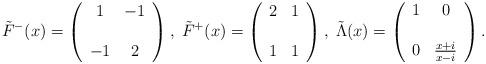
LaTeX: \begin{align*}\tilde{F}^{-}(x) =\left(\begin{array}{cc}1 & - 1 \\& \\- 1 & 2\end{array}\right),\; \tilde{F}^{+}(x) =\left(\begin{array}{cc}2 & 1 \\& \\ 1 & 1\end{array}\right),\; \tilde{\Lambda}(x) =\left(\begin{array}{cc}1 & 0 \\& \\0 & \frac{x + i}{x - i}\end{array}\right).\end{align*}